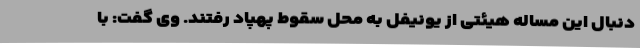
دنبال این مساله هیئتی از یونیفل به محل سقوط پهپاد رفتند. وی گفت: با